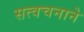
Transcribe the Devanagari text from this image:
सत्वचनाने